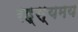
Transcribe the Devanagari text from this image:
रह्स्यमय